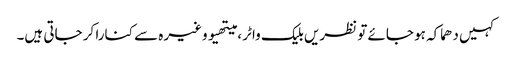
کہیں دھماکہ ہو جائے تو نظریں بلیک واٹر ، میتھیو وغیرہ سے کنارا کر جاتی ہیں۔